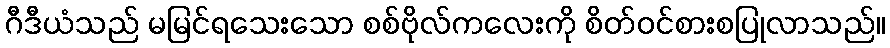
ဂီဒီယံသည် မမြင်ရသေးသော စစ်ဗိုလ်ကလေးကို စိတ်ဝင်စားစပြုလာသည်။